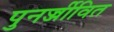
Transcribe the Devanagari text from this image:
पुनर्ज्जीवित